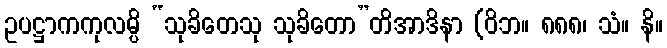
ဥပဋ္ဌာကကုလမ္ပိ “သုခိတေသု သုခိတော”တိအာဒိနာ (ဝိဘ။ ၈၈၈၊ သံ။ နိ။